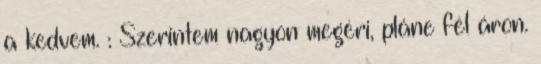
a kedvem. : Szerintem nagyon megéri, pláne fél áron.